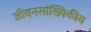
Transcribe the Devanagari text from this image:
जीवनसांख्यिकीय